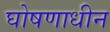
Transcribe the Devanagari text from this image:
घोषणाधीन